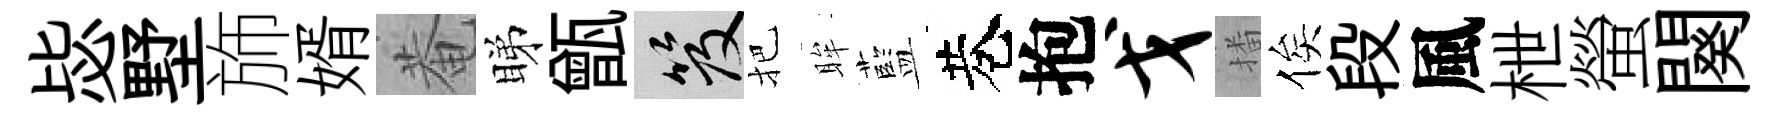
毖墅斾婿菴睇甑笈把眸藍巷抱戈播俟段風枻螢闋